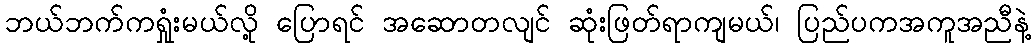
ဘယ်ဘက်ကရှုံးမယ်လို့ ပြောရင် အဆောတလျင် ဆုံးဖြတ်ရာကျမယ်၊ ပြည်ပကအကူအညီနဲ့